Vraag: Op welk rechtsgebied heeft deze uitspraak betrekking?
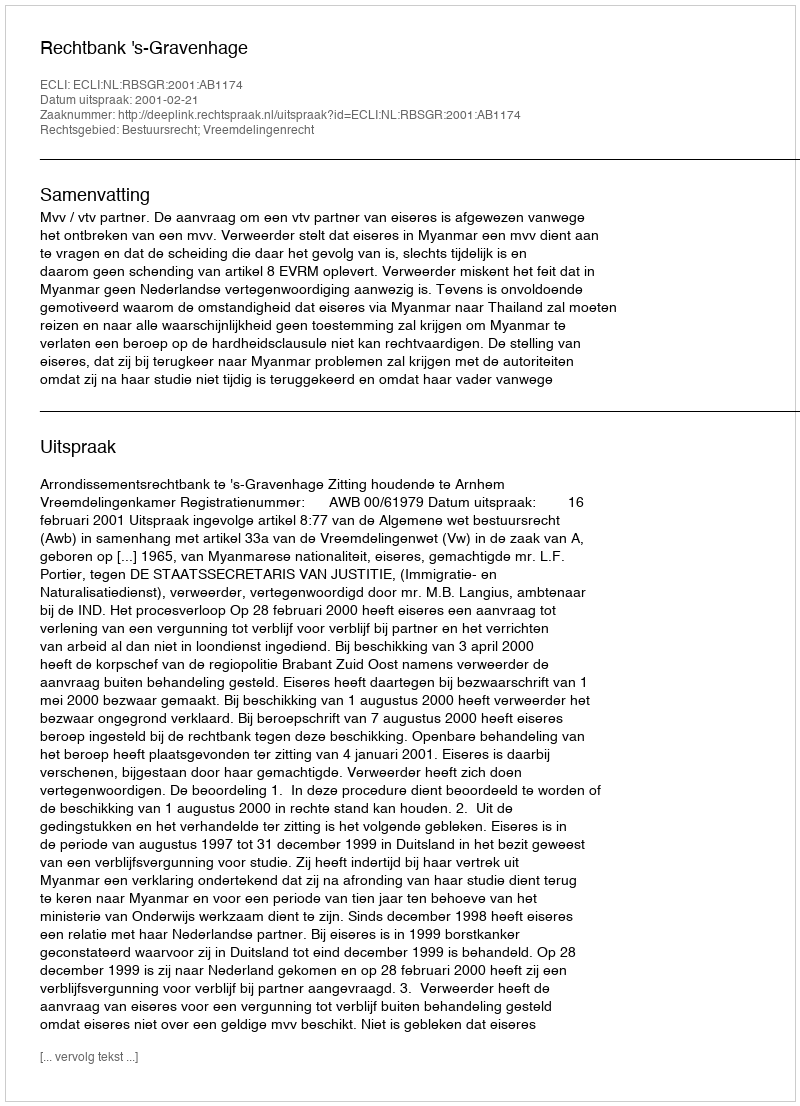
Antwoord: Bestuursrecht; Vreemdelingenrecht